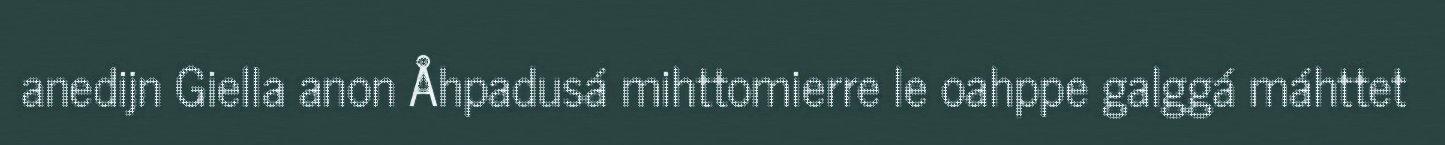
anedijn Giella anon Åhpadusá mihttomierre le oahppe galggá máhttet